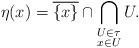
LaTeX: \begin{align*}\eta(x) = \overline{\{x\}} \cap \bigcap_{\substack{U \in \tau \\ x \in U}} U.\end{align*}